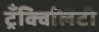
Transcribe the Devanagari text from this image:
ट्रँक्विलिटी